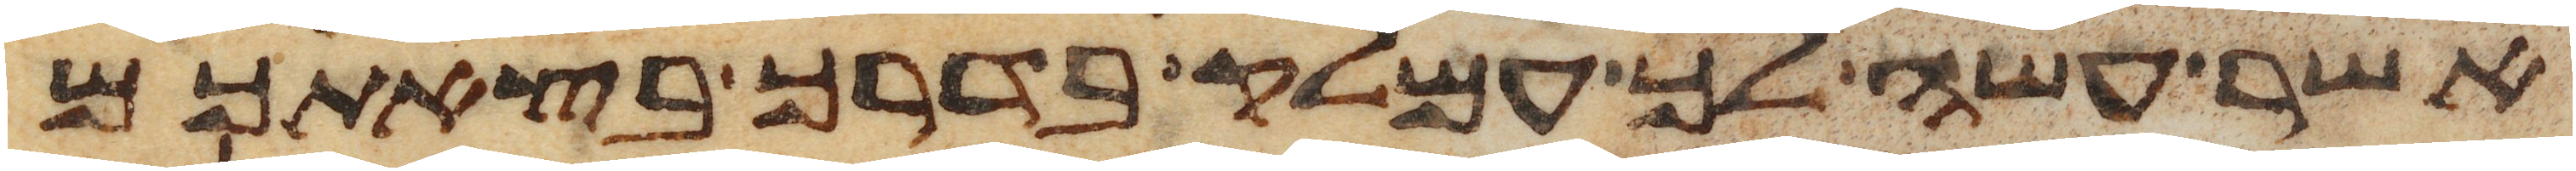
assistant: אשר עשה לך עמלק בדרך בצאתכם